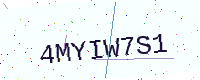
Text: 4MYIW7S1